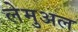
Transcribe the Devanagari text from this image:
लेमुअल